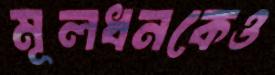
মূলধনকেও